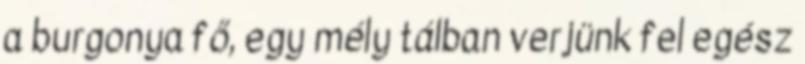
a burgonya fő, egy mély tálban verjünk fel egész